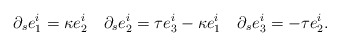
\begin{align*}\partial_{s}e_{1}^{i}=\kappa e_{2}^{i}\quad\partial_{s}e_{2}^{i}=\tau e_{3}^{i}-\kappa e_{1}^{i}\quad\partial_{s}e_{3}^{i}=-\tau e_{2}^{i}.\end{align*}